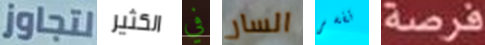
لتجاوز الكثير في السار تفسر فرصة